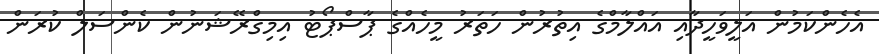
އެހެންކަމުން އަލީވަހީދާއި އައްލާމްގެ އިތުރުން ހަތަރު މީހެއްގެ ޕާސްޕޯޓު އިމިގްރޭޝަނުން ކެންސަލް ކުރަން